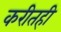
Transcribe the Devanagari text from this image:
करीतही